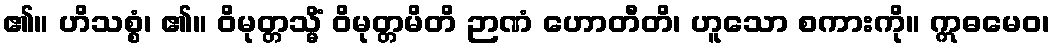
၏။ ဟိသစ္စံ၊ ၏။ ဝိမုတ္တသ္မိံ ဝိမုတ္တမိတိ ဉာဏံ ဟောတီတိ၊ ဟူသော စကားကို။ ဣဓမေဝ၊